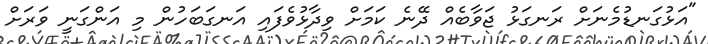
"އަޅުގަނޑުމެނަށް ރަނގަޅު ޖަވާބެއް ދޭނެ ކަމަށް ވިދާޅުވެފައި އަނގަބަހުން މި އަންގަނީ ވަރަށް